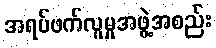
အရပ်ဖက်လူမှုအဖွဲ့အစည်း